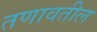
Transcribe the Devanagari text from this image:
तणावतील